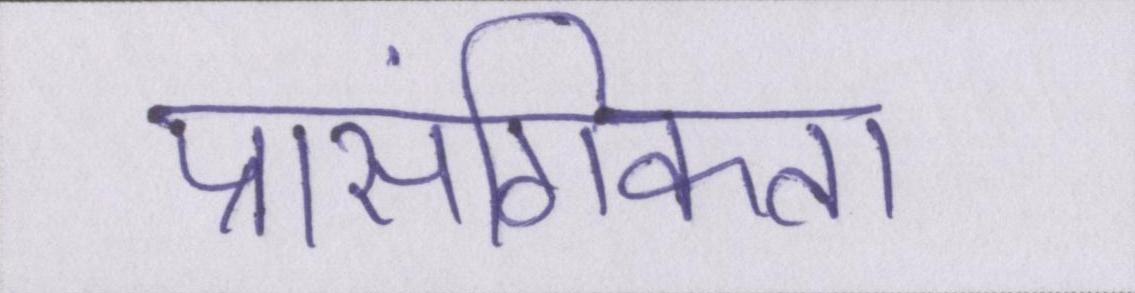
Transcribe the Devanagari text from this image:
प्रासंगिकता